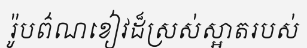
រ៉ូបព៌ណខៀវដ៏ស្រស់ស្អាតរបស់